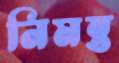
নিমন্ত